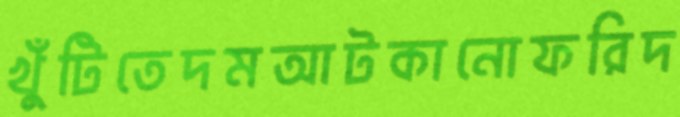
খুঁটিতেদমআটকানোফরিদ